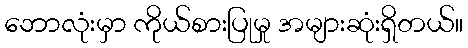
ဘောလုံးမှာ ကိုယ်စားပြုမှု အများဆုံးရှိတယ်။